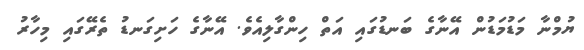
ޔުމްނާ މަޑުމަޑުން އޭނާގެ ބަނޑުގައި އަތް ހިންގާލިއެވެ. އޭނާގެ ހަށިގަނޑު ތެރޭގައި މިހާރު